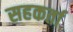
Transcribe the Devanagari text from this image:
सहकर्ता